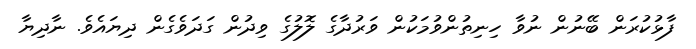
ފާޅުކުރަން ބޭނުން ނުވާ ހިނިތުންވުމަކުން ވަރުދާގެ ލޮލުގެ ވިދުން ގަދަވެގެން ދިޔައެވެ. ނާދިޔާ